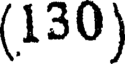
(130)